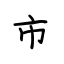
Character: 市